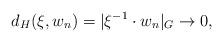
LaTeX: \begin{align*}d_H(\xi,w_n) = |\xi^{-1} \cdot w_n |_G \to 0,\end{align*}